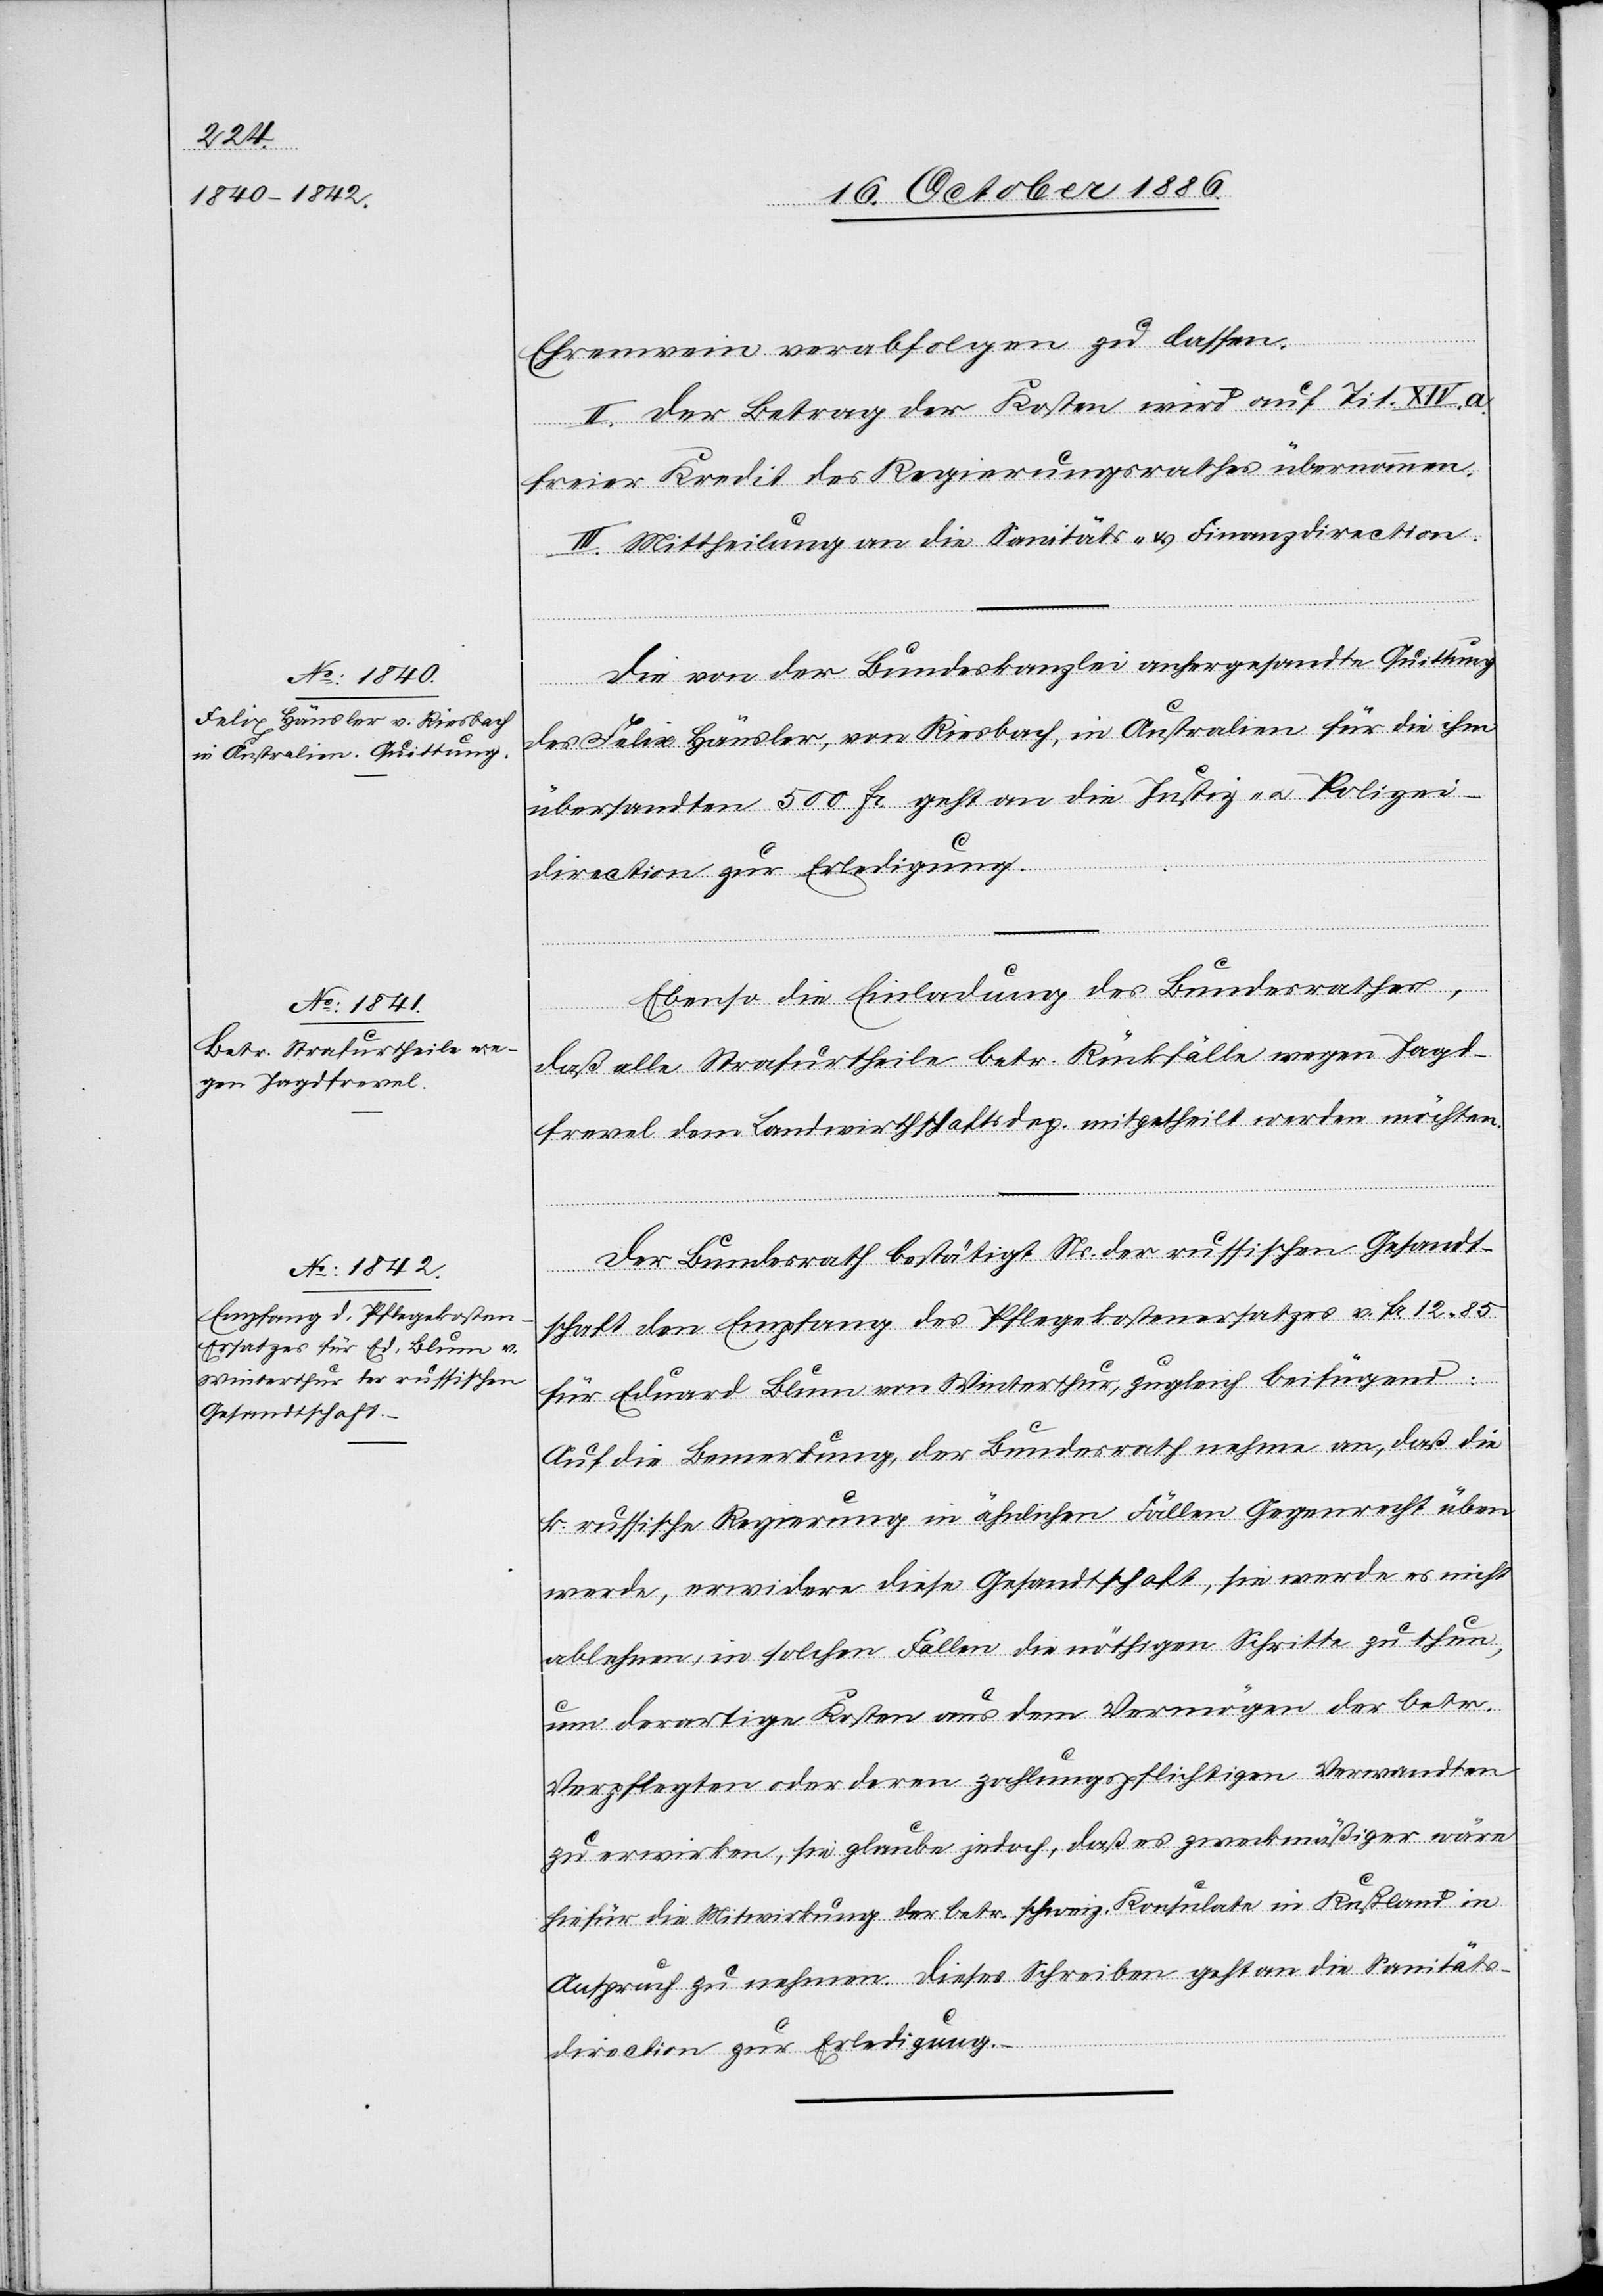
22. October 1886.]
Ehrenwein verabfolgen zu lassen.
II. Der Betrag der Kosten wird auf Tit. XIV. a.
freier Kredit des Regierungsrathes übernommen.
III. Mittheilung an die Sanitäts- & Finanzdirection.
Die von der Bundeskanzlei anhergesandte Quittung
des Felix Häusler, von Riesbach, in Australien für die ihm
übersandten 500 Fr. geht an die Justiz- & Polizei¬
Ebenso die Einladung des Bundesrathes,
daß alle Strafurtheile betr. Rückfälle wegen Jagd¬
frevel dem Landwirthschaftsdep. mitgetheilt werden möchten.
Der Bundesrath bestätigt Ns. der russischen Gesandt¬
schaft den Empfang des Pflegekostenersatzes v. Fr. 12 85
für Eduard Blum von Winterthur, zugleich beifügend:
Auf die Bemerkung, der Bundesrath nehme an, daß die
k. russische Regierung in ähnlichen Fällen Gegenrecht üben
werde, erwidere diese Gesandtschaft, sie werde es nicht
ablehnen, in solchen Fällen die nöthigen Schritte zu tun,
um derartige Kosten aus dem Vermögen der betr.
Verpflegten oder deren zahlungspflichtigen Verwandten
zu erwirken, sie glaube jedoch, daß es zweckmäßiger wäre
hiefür die Mitwirkung der betr. schweiz. Konsulate in Rußland in
Anspruch zu nehmen. Dieses Schreiben geht an die Sanitäts¬
direction zur Erledigung.